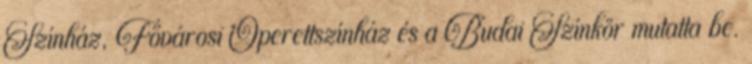
Színház, Fővárosi Operettszínház és a Budai Színkör mutatta be.